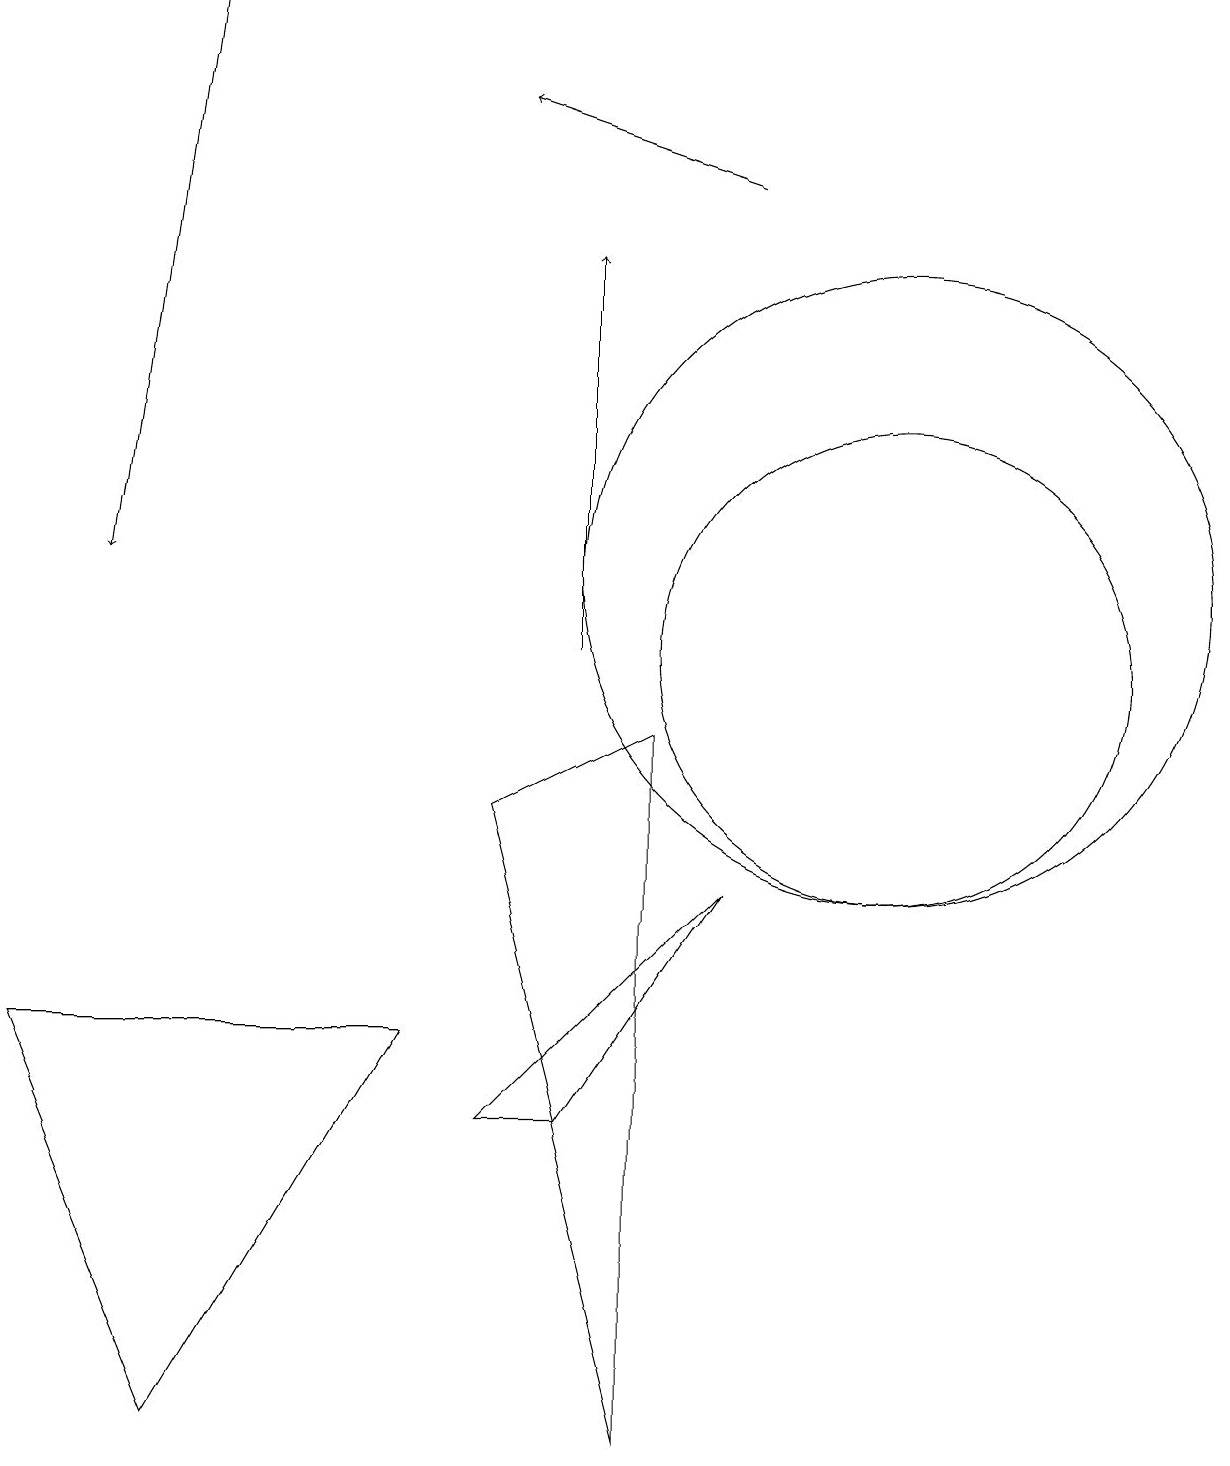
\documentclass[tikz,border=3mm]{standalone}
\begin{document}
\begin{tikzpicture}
\draw[->] (2,18) -- (1,11);
\draw (9,7) -- (6,4) -- (7,4) -- cycle;
\draw (11,10) circle (3);
\draw (11,11) circle (4);
\draw (8,9) -- (8,0) -- (6,8) -- cycle;
\draw (2,0) -- (5,5) -- (0,5) -- cycle;
\draw[->] (7,10) -- (7,15);
\draw[->] (9,16) -- (6,17);
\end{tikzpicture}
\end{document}